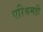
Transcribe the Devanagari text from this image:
परिश्रमही